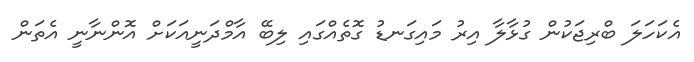
އެކަހަލަ ބްރިޖަކުން ގުޅާލާ އިރު މައިގަނޑު ގޮތެއްގައި ލިބޭ އާމްދަނީއަކަށް އޮންނާނީ އެތަން